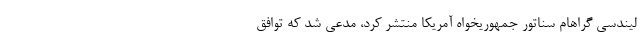
لیندسی گراهام سناتور جمهوریخواه آمریکا منتشر کرد، مدعی شد که توافق